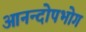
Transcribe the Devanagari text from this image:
आनन्दोपभोग